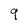
Character: 9